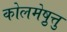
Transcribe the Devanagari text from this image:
कोलमेष़ुत्तु